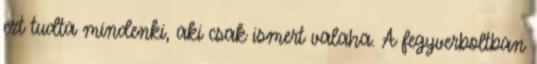
ezt tudta mindenki, aki csak ismert valaha. A fegyverboltban